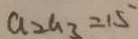
a _ { 2 } a _ { 3 } = 1 5